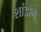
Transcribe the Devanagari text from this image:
शांडोंग